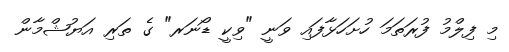
މި ފިލްމު ފުރަތަމަ ހުށަހަޅާފައި ވަނީ "ވިކީ ޑޯނަރ" ގެ ތަރި އަޔުޝްމާން